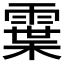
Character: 𩄓